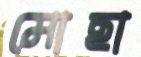
মোছা